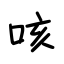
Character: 咳